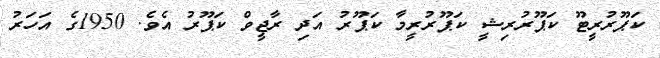
ކަޕޫރުރީޓޫ ކަޕޫރުރިޝީ ކަޕޫރުރީމާ ކަޕޫރު އަދި ރާޖީވް ކަޕޫރު އެވެ. 1950ގެ އަހަރު